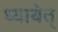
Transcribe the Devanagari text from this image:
ध्यायेत्